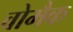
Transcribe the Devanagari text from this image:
वोमैक